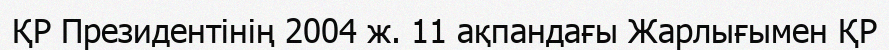
ҚР Президентінің 2004 ж. 11 ақпандағы Жарлығымен ҚР